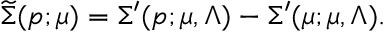
\widetilde \Sigma ( p ; \mu ) = \Sigma ^ { \prime } ( p ; \mu , \Lambda ) - \Sigma ^ { \prime } ( \mu ; \mu , \Lambda ) .